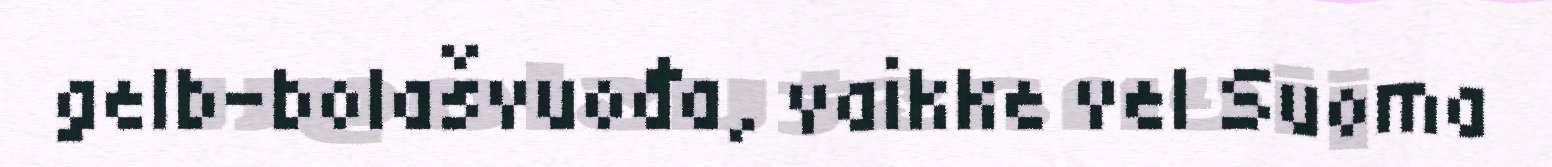
gelb-bolašvuođa, vaikke vel Suoma